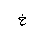
Letter: _kha